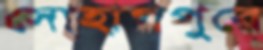
সোহাগপুরে